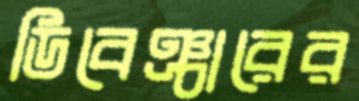
ডিবেঞ্চারের